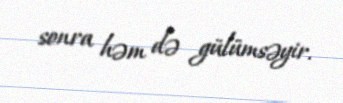
sonra həm də gülümsəyir.